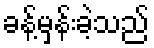
ခန့်မှန်းခဲ့သည်